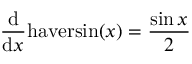
{ \frac { \mathrm { d } } { \mathrm { d } x } } \mathrm { h a v e r s i n } ( x ) = { \frac { \sin { x } } { 2 } }